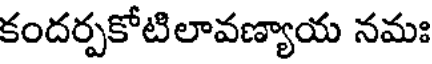
కందర్పకోటిలావణ్యాయ నమః